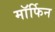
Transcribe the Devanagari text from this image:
माॅर्फिन